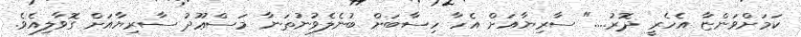
ކަމަށްވަންޏާ އެހެރީ ދޮރު...." ސާރިޔާއަށް އެހާ ހިސާބަށް ބުނެލެވުނުތަނާ މަސްޢޫދު ސާރިޔާއަށް ގޮވާލިއެވެ.